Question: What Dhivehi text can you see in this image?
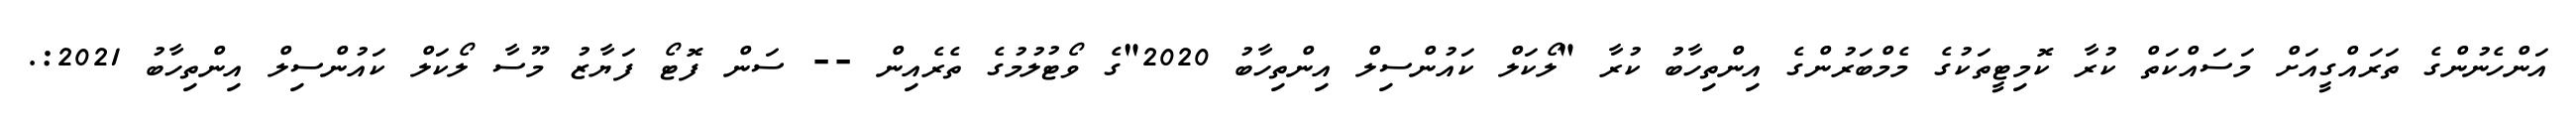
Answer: އަންހެނުންގެ ތަރައްގީއަށް މަސައްކަތް ކުރާ ކޮމިޓީތަކުގެ މެމްބަރުންގެ އިންތިހާބު ކުރާ "ލޯކަލް ކައުންސިލް އިންތިހާބު 2020"ގެ ވޯޓުލުމުގެ ތެރެއިން -- ސަން ފޮޓޯ ފަޔާޒު މޫސާ ލޯކަލް ކައުންސިލް އިންތިހާބު 2021:.